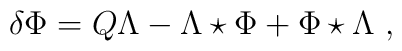
\delta \Phi=Q\Lambda-\Lambda \star \Phi+\Phi\star \Lambda \ ,